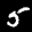
Label: 5